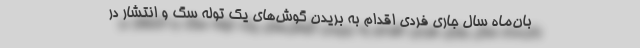
بان‌ماه سال جاری فردی اقدام به بریدن گوش‌های یک توله سگ و انتشار در